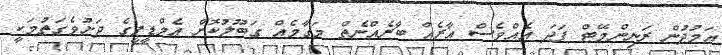
އަމުދުން ރަނިންމޭޓް ފަދަ އެއްވެސް އާރެއް ބާރެއްނެތް މަގާމެއް ގަބޫލުކޮށް އެމްޑީޕީގެ ދަށުވެގަތުމަކީ